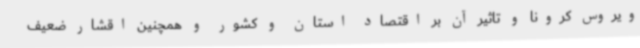
ویروس کرونا و تاثیر آن بر اقتصاد استان و کشور و همچنین اقشار ضعیف